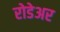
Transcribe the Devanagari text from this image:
रोडेअर